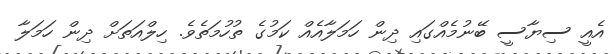
އެއީ ސިޔާސީ ބޭނުމެއްގައި ދިން ހަމަލާއެއް ކަމުގެ ތުހުމަތެވެ. ހިލްއަތަށް ދިން ހަމަލާ